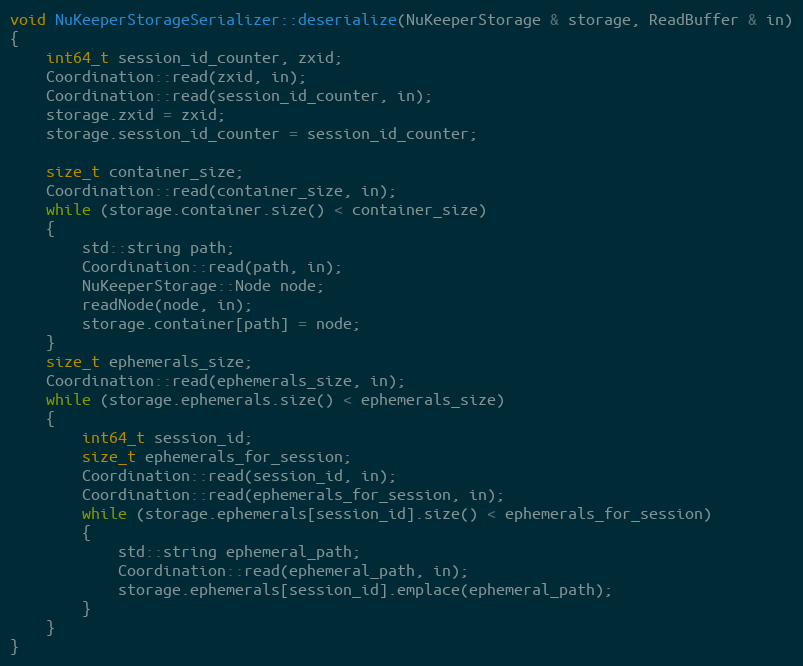
Language: C++
void NuKeeperStorageSerializer::deserialize(NuKeeperStorage & storage, ReadBuffer & in)
{
    int64_t session_id_counter, zxid;
    Coordination::read(zxid, in);
    Coordination::read(session_id_counter, in);
    storage.zxid = zxid;
    storage.session_id_counter = session_id_counter;

    size_t container_size;
    Coordination::read(container_size, in);
    while (storage.container.size() < container_size)
    {
        std::string path;
        Coordination::read(path, in);
        NuKeeperStorage::Node node;
        readNode(node, in);
        storage.container[path] = node;
    }
    size_t ephemerals_size;
    Coordination::read(ephemerals_size, in);
    while (storage.ephemerals.size() < ephemerals_size)
    {
        int64_t session_id;
        size_t ephemerals_for_session;
        Coordination::read(session_id, in);
        Coordination::read(ephemerals_for_session, in);
        while (storage.ephemerals[session_id].size() < ephemerals_for_session)
        {
            std::string ephemeral_path;
            Coordination::read(ephemeral_path, in);
            storage.ephemerals[session_id].emplace(ephemeral_path);
        }
    }
}